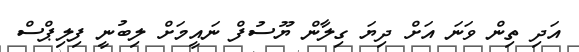
އަދި ތިން ވަނަ އަށް ދިޔަ ގިލާން ޔޫސުފް ނައީމަށް ލިބުނީ ފިލިޕްސް